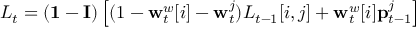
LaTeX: L _ { t } = ( \mathbf { 1 } - \mathbf { I } ) \left[ ( 1 - \mathbf { w } _ { t } ^ { w } [ i ] - \mathbf { w } _ { t } ^ { j } ) L _ { t - 1 } [ i , j ] + \mathbf { w } _ { t } ^ { w } [ i ] \mathbf { p } _ { t - 1 } ^ { j } \right]